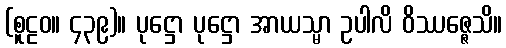
(စူဠဝ။ ၄၃၉)။ ပုဋ္ဌော ပုဋ္ဌော အာယသ္မာ ဥပါလိ ဝိဿဇ္ဇေသိ။